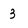
Character: 3